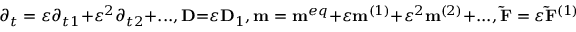
{ \partial _ { t } } = \varepsilon { \partial _ { t 1 } } + { \varepsilon ^ { 2 } } { \partial _ { t 2 } } \mathrm { { + } } . . . , { \bf { D } } \mathrm { { = } } \varepsilon { { \bf { D } } _ { 1 } } , { \bf { m } } = { { \bf { m } } ^ { e q } } + \varepsilon { { \bf { m } } ^ { ( 1 ) } } + { \varepsilon ^ { 2 } } { { \bf { m } } ^ { ( 2 ) } } + . . . , { \bf { \tilde { F } } } = \varepsilon { { \bf { \tilde { F } } } ^ { ( 1 ) } } ,